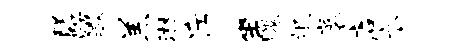
隧踞瞰羔淋斥坐魄氓袤店衣